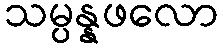
သမ္ပန္နဖလော